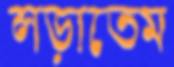
লড়াতেম